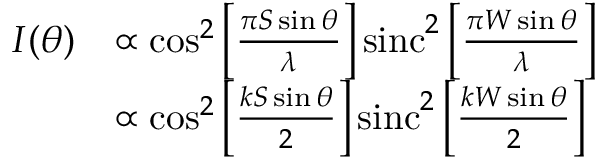
{ \begin{array} { r l } { I ( \theta ) } & { \propto \cos ^ { 2 } \left[ { \frac { \pi S \sin \theta } { \lambda } } \right] \operatorname { s i n c } ^ { 2 } \left[ { \frac { \pi W \sin \theta } { \lambda } } \right] } \\ & { \propto \cos ^ { 2 } \left[ { \frac { k S \sin \theta } { 2 } } \right] \operatorname { s i n c } ^ { 2 } \left[ { \frac { k W \sin \theta } { 2 } } \right] } \end{array} }